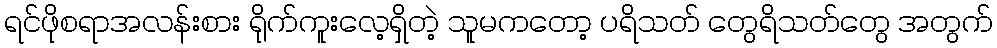
ရင်ဖိုစရာအလန်းစား ရိုက်ကူးလေ့ရှိတဲ့ သူမကတော့ ပရိသတ် တွေရိသတ်တွေ အတွက်